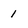
Character: 1